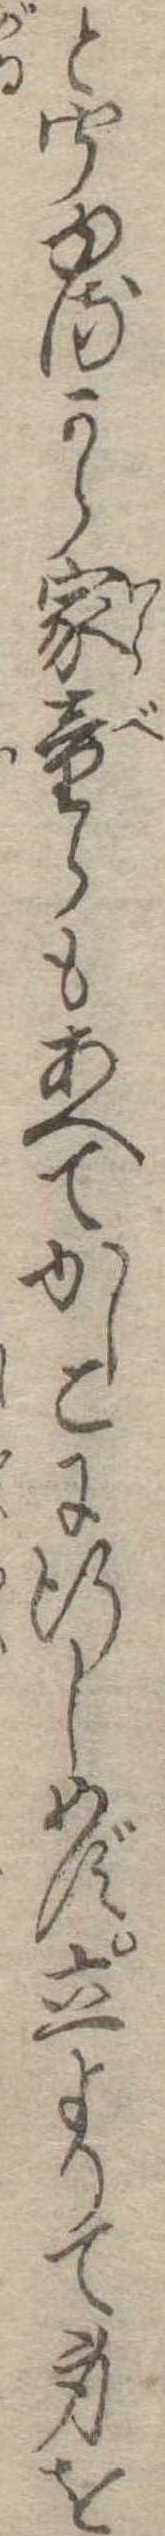
と聞ゆるから家童らもあへてかしこに行しめず立よりて身を